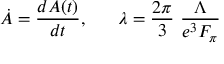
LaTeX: \dot { A } = \frac { d A ( t ) } { d t } , ~ ~ ~ ~ ~ \lambda = \frac { 2 \pi } { 3 } ~ \frac { \Lambda } { e ^ { 3 } F _ { \pi } }